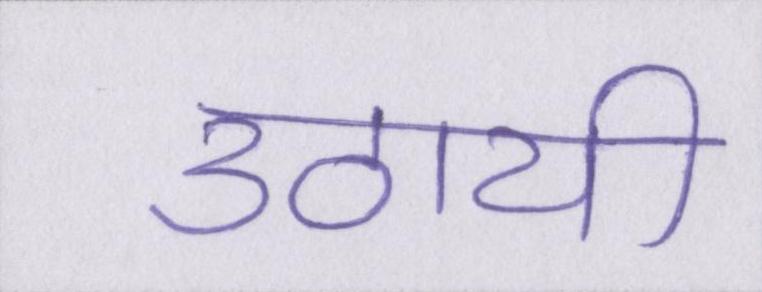
उठायी